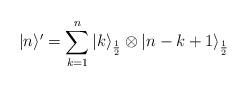
LaTeX: \begin{align*}| n \rangle' = \sum_{k=1}^n | k\rangle_{\frac{1}{2}} \otimes | n-k+1 \rangle_{\frac{1}{2}}\end{align*}